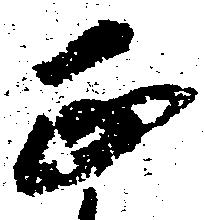
正